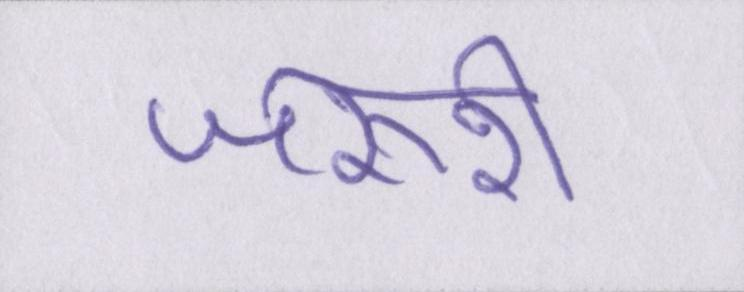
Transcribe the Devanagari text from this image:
जरूरी